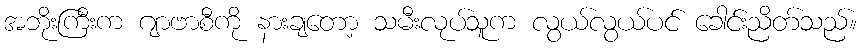
အဘိုးကြီးက ဂျာဗာစီကို နားချတော့ သမီးလုပ်သူက လွယ်လွယ်ပင် ခေါင်းညိတ်သည်။